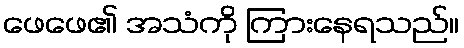
ဖေဖေ၏ အသံကို ကြားနေရသည်။